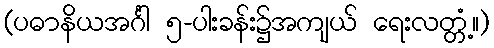
(ပဓာနိယအင်္ဂါ ၅-ပါးခန်း၌အကျယ် ရေးလတ္တံ့။)